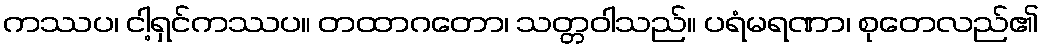
ကဿပ၊ ငါ့ရှင်ကဿပ။ တထာဂတော၊ သတ္တဝါသည်။ ပရံမရဏာ၊ စုတေလည်၏